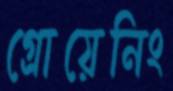
গ্রোয়েনিং